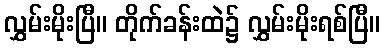
လွှမ်းမိုးပြီ။ တိုက်ခန်းထဲ၌ လွှမ်းမိုးရစ်ပြီ။